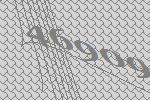
46909